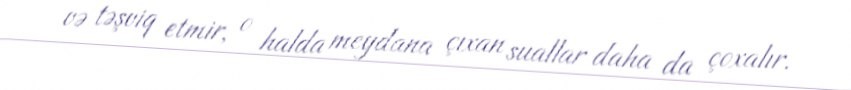
və təşviq etmir, o halda meydana çıxan suallar daha da çoxalır.